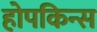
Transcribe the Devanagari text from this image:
होपकिन्स